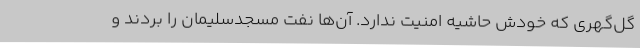
گل‌گهری که خودش حاشیه امنیت ندارد. آن‌ها نفت مسجدسلیمان را بردند و